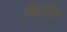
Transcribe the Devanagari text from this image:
किर्दारोन